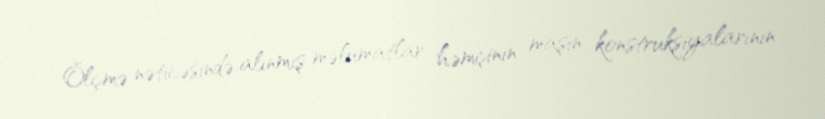
Ölçmə nəticəsində alınmış məlumatlar həmçinin maşın konstruksiyalarının